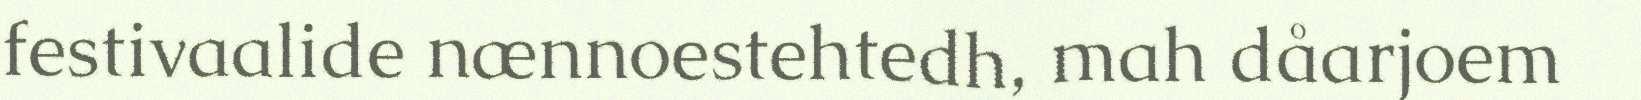
festivaalide nænnoestehtedh, mah dåarjoem